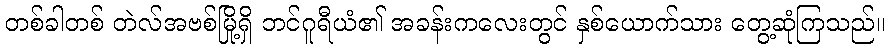
တစ်ခါတစ် တဲလ်အဗစ်မြို့ရှိ ဘင်ဂူရီယံ၏ အခန်းကလေးတွင် နှစ်ယောက်သား တွေ့ဆုံကြသည်။